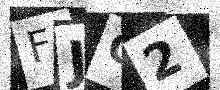
Text: FJG2